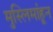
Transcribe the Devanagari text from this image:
मुस्लिमांहून